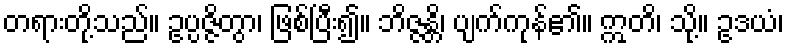
တရားတို့သည်။ ဥပ္ပဇ္ဇိတွာ၊ ဖြစ်ပြီး၍။ ဘိဇ္ဇန္တိ၊ ပျက်ကုန်၏။ ဣတိ၊ သို့။ ဥဒယံ၊